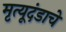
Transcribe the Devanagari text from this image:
मृत्यूदंडाचे